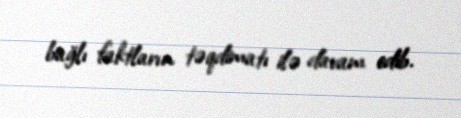
bağlı faktların təqdimatı ilə davam edib.